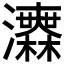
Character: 𤅅